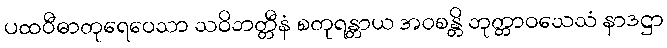
ပထဝီဓာတုရေဝေသာ သဝိဘတ္တီနံ စတုရန္တာယ အဝစန္တိ ဘုတ္တာဝသေသံ နာဒဋ္ဌာ